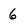
Character: 6